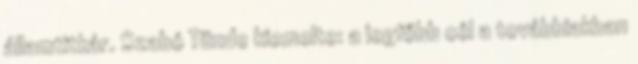
államtitkár. Szabó Tünde kiemelte: a legfőbb cél a továbbiakban